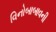
વિનોબાબાવની